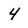
Character: 4